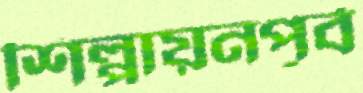
শিল্পায়নপূর্ব